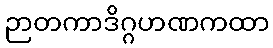
ဉာတကာဒိဂ္ဂဟဏကထာ